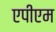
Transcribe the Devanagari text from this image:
एपीएम